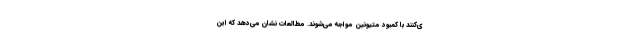
ی‌کنند با کمبود متیونین مواجه می‌شوند. مطالعات نشان می‌دهد که این